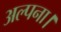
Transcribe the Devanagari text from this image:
अल्पना।